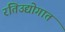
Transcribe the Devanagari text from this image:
रतिउद्योगात